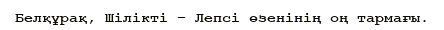
Белқұрақ, Шілікті – Лепсі өзенінің оң тармағы.